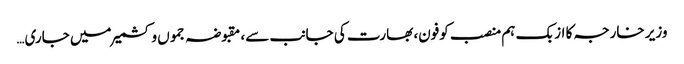
وزیر خارجہ کا ازبک ہم منصب کوفون، بھارت کی جانب سے، مقبوضہ جموں و کشمیر میں جاری…